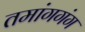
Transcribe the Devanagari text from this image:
तमांगगंग